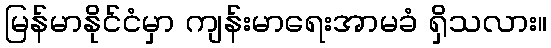
မြန်မာနိုင်ငံမှာ ကျန်းမာရေးအာမခံ ရှိသလား။